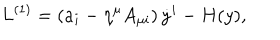
L ^ { ( 1 ) } = \left( a _ { i } - \eta ^ { \mu } A _ { \mu i } \right) { \dot { y } } ^ { i } - H ( y ) ,